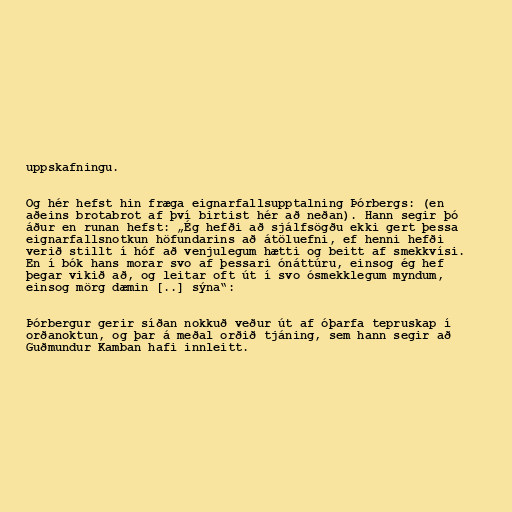
uppskafningu.

Og hér hefst hin fræga eignarfallsupptalning Þórbergs: (en
aðeins brotabrot af því birtist hér að neðan). Hann segir þó
áður en runan hefst: „Ég hefði að sjálfsögðu ekki gert þessa
eignarfallsnotkun höfundarins að átöluefni, ef henni hefði
verið stillt í hóf að venjulegum hætti og beitt af smekkvísi.
En í bók hans morar svo af þessari ónáttúru, einsog ég hef
þegar vikið að, og leitar oft út í svo ósmekklegum myndum,
einsog mörg dæmin [..] sýna“:

Þórbergur gerir síðan nokkuð veður út af óþarfa tepruskap í
orðanoktun, og þar á meðal orðið tjáning, sem hann segir að
Guðmundur Kamban hafi innleitt.